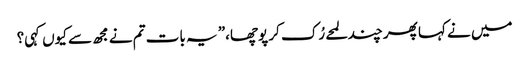
میں نے کہا پھر چند لمحے رُک کر پوچھا،” یہ بات تم نے مجھ سے کیوں کہی؟